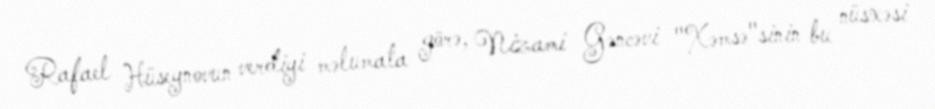
Rafael Hüseynovun verdiyi məlumata görə, Nizami Gəncəvi "Xəmsə"sinin bu nüsxəsi